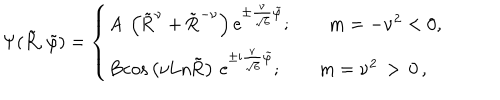
\Psi ( \tilde { R } , \tilde { \varphi } ) = \left\{ \begin{array} { l } { { \mathrm { A \, \left( \tilde { R } ^ { \ n u } + \tilde { R } ^ { - \ n u } \right) e ^ { \pm \frac { \ n u } { \sqrt { 6 } } \tilde { \ v a r p h i } } } ; \qquad \mathrm { m = - \ n u ^ { 2 } < 0 , } } } \\ { { \mathrm { B c o s \left( \ n u L n \tilde { R } \right) \, e ^ { \pm i \frac { \ n u } { \sqrt { 6 } } \tilde { \ v a r p h i } } } ; \qquad \mathrm { m = \ n u ^ { 2 } } \, > \, 0 \, , } } \\ \end{array} \right.